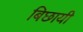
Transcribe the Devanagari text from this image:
बिछायी